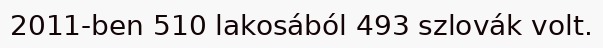
2011-ben 510 lakosából 493 szlovák volt.